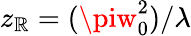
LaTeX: z_{\mathbb{R}}=(\piw_{0}^{2})/\lambda